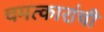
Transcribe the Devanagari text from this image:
चमत्कारांची